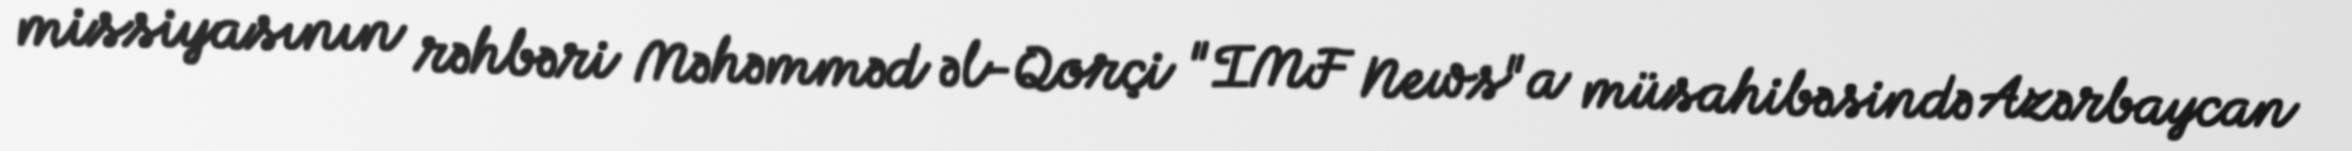
missiyasının rəhbəri Məhəmməd əl-Qorçi "IMF News"a müsahibəsində Azərbaycan